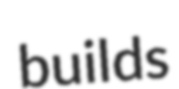
builds